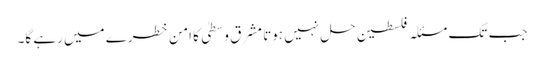
جب تک مسئلہ فلسطین حل نہیں ہوتا مشرق وسطیٰ کا امن خطرے میں رہے گا۔